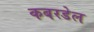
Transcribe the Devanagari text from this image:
कबरडेल